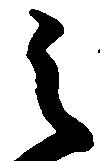
之